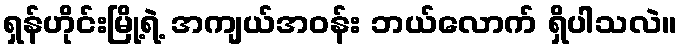
ရှန်ဟိုင်းမြို့ရဲ့ အကျယ်အဝန်း ဘယ်လောက် ရှိပါသလဲ။